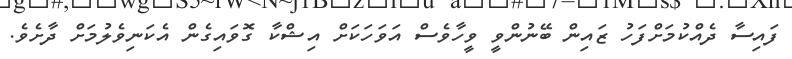
ފައިސާ ދެއްކުމަށްފަހު ޒައިން ބޭނުންވީ ވީހާވެސް އަވަހަކަށް އިޝްކާ ގޮވައިގެން އެކަނިވެލުމަށް ދާށެވެ.